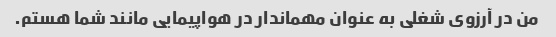
من در آرزوی شغلی به عنوان مهماندار در هواپیمایی مانند شما هستم.